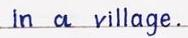
in a village.